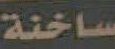
ساخنة